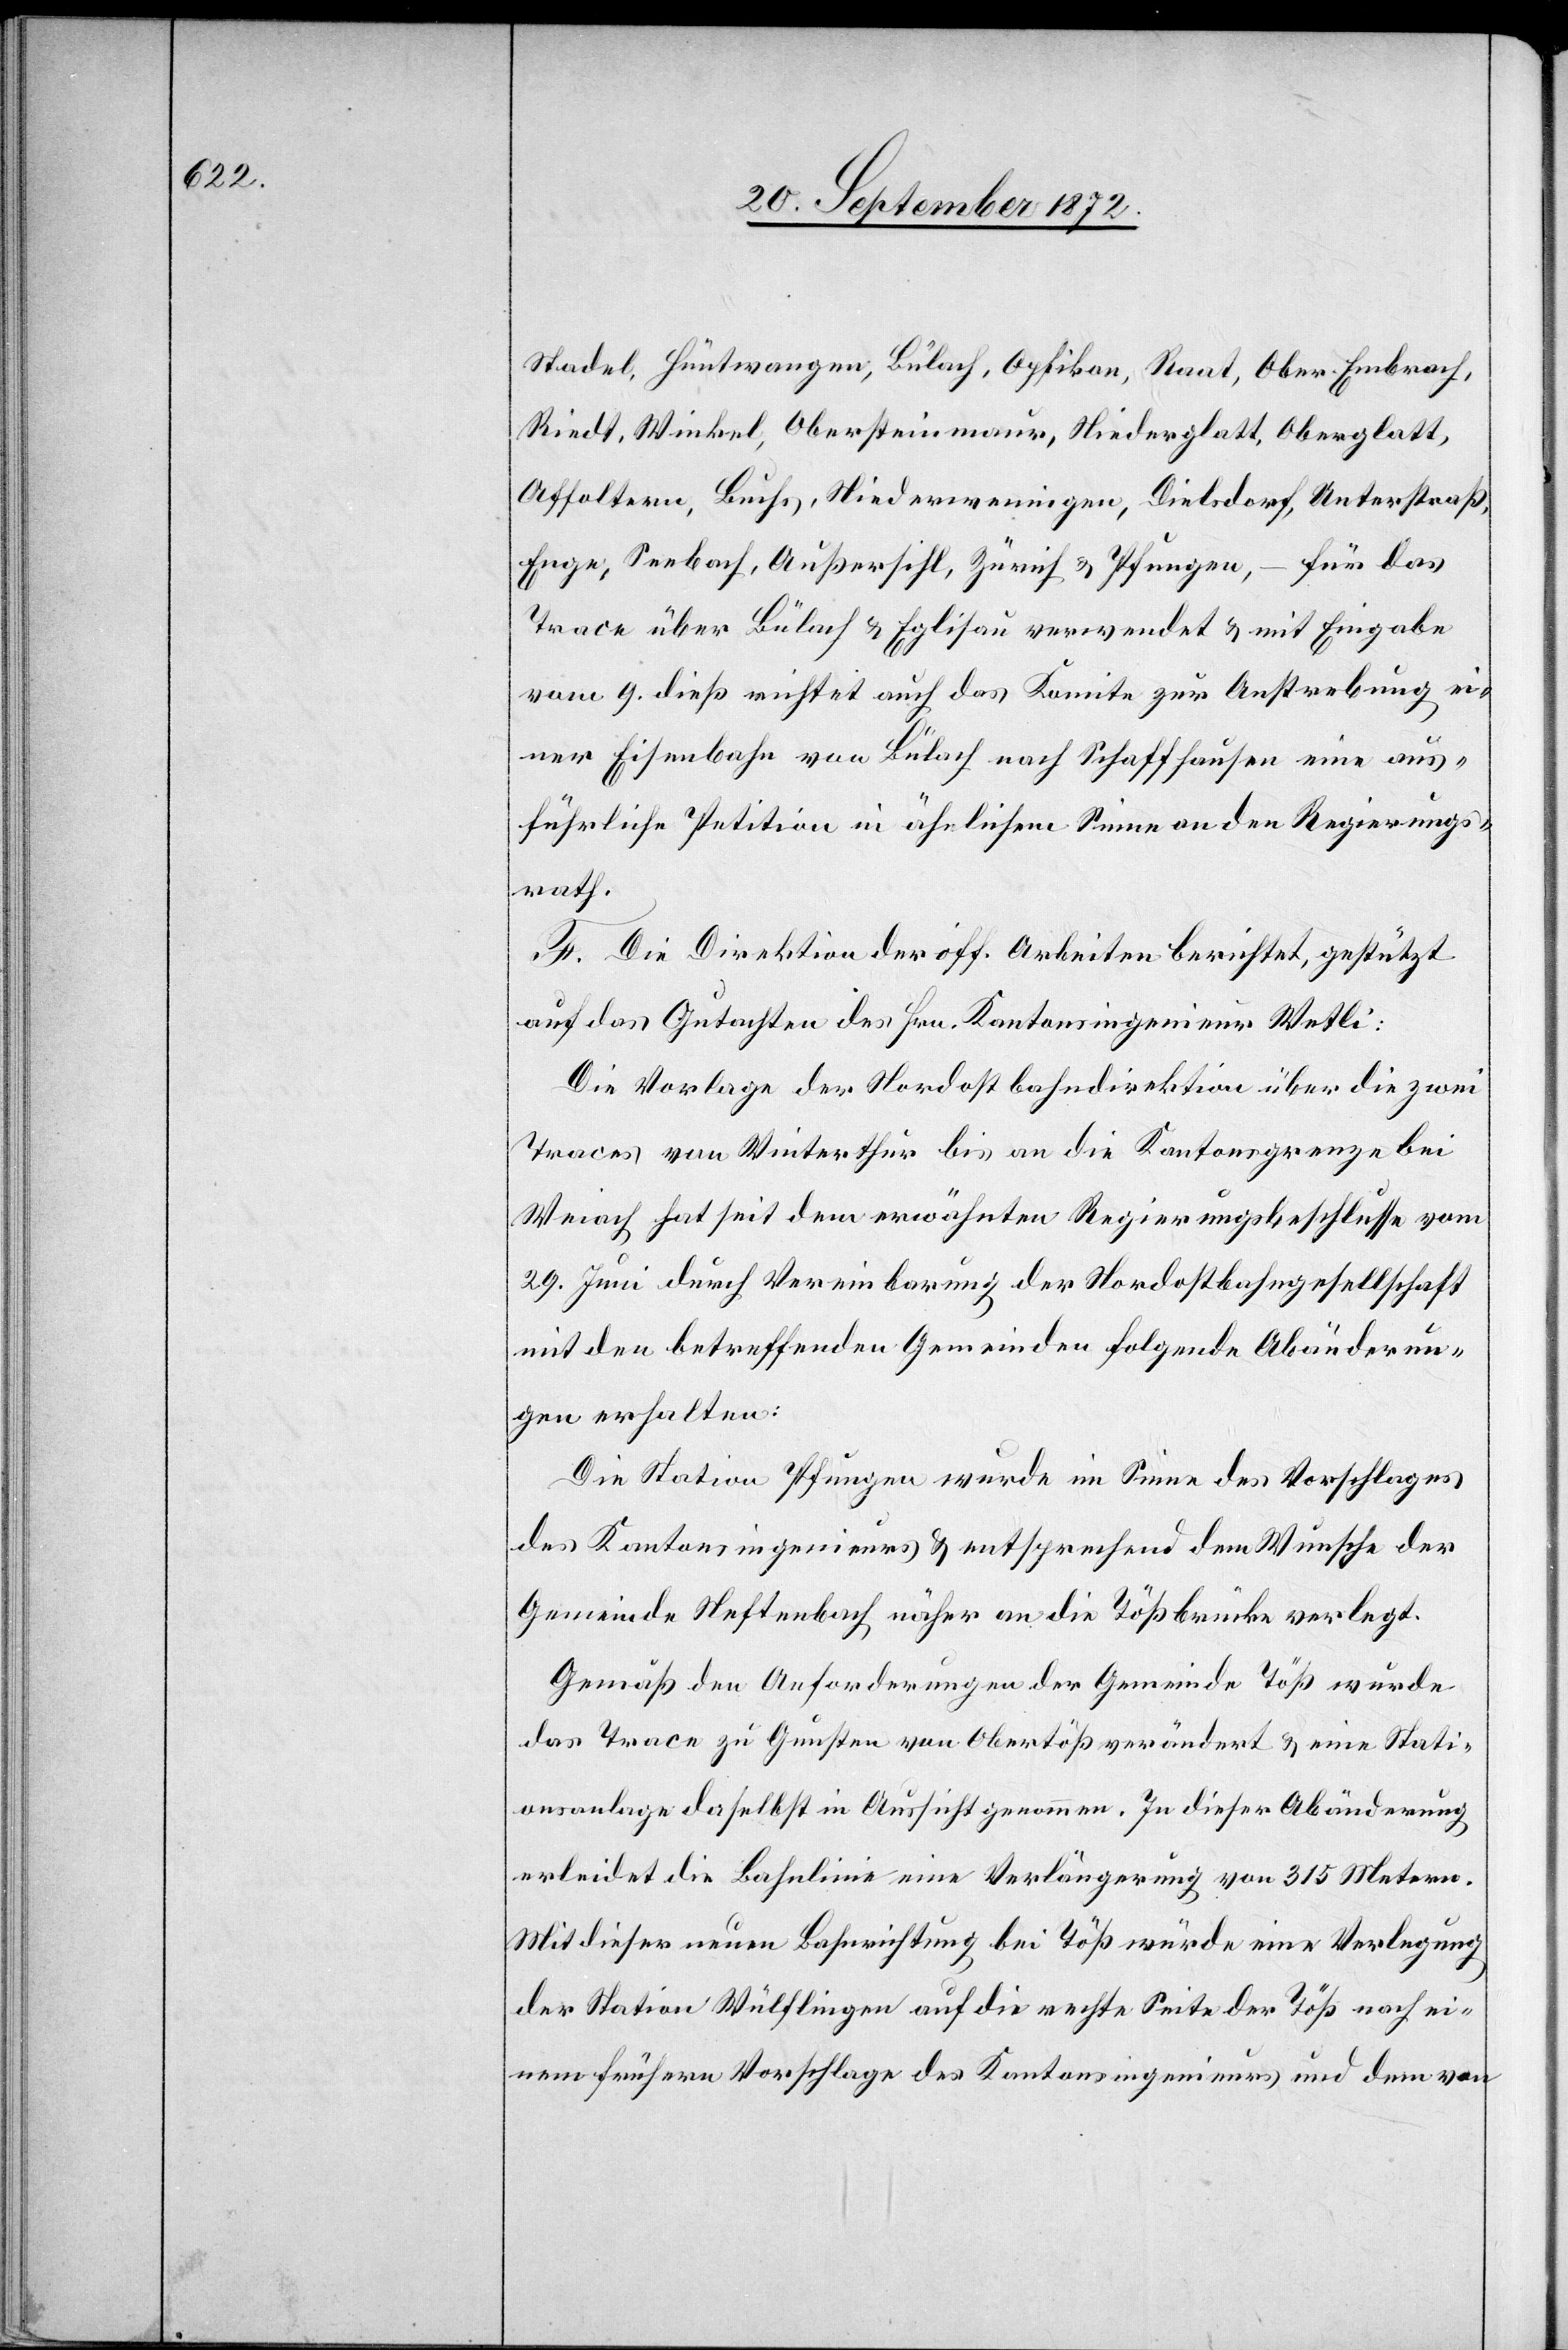
Stadel, Hüntwangen, Bülach, Opfikon, Raat, Ober-Embrach,
Riedt, Winkel, Obersteinmaur, Niederglatt, Oberglatt,
Affoltern, Buchs, Niederweningen, Dielsdorf, Unterstraß,
Enge, Seebach, Außersihl, Zürich u. Pfungen, – für das
Trace über Bülach u. Eglisau verwendet u. mit Eingabe
vom 9. dieß richtet auch das Komite zur Anstrebung ei¬
ner Eisenbahn von Bülach nach Schaffhausen eine aus¬
führliche Petition in ähnlichem Sinne an den Regierungs¬
rath.
F. Die Direktion der öff. Arbeiten berichtet, gestützt
auf das Gutachten des Hrn. Kantonsingenieur Wetli:
Die Vorlage der Nordostbahndirektion über die zwei
Traces von Winterthur bis an die Kantonsgrenze bei
Weiach hat seit dem erwählten Regierungsbeschlusse vom
29. Juni durch Vereinbarung der Nordostbahngesellschaft
mit den betreffenden Gemeinden folgende Abänderun¬
gen erhalten:
Die Station Pfungen wurde im Sinne des Vorschlages
des Kantonsingenieurs u. entsprechend dem Wunsche der
Gemeinde Neftenbach näher an die Tößbrücke verlegt.
Gemäß den Anforderungen der Gemeinde Töß wurde
das Trace zu Gunsten von Obertöß verändert u. eine Stati¬
onsanlage daselbst in Aussicht genommen. In dieser Abänderung
erleidet die Bahnlinie eine Verlängerung von 315 Metern.
Mit dieser neuen Bahnrichtung bei Töß würde eine Verlegung
der Station Wülflingen auf die rechte Seite der Töß nach ei¬
nem frühern Vorschlage des Kantonsingenieurs und dem von